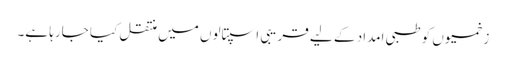
زخمیوں کو طبی امداد کے لیے قریبی اسپتالوں میں منتقل کیا جارہا ہے۔